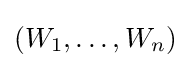
(W_{1},\dots ,W_{n})